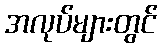
အလုပ်များတွင်